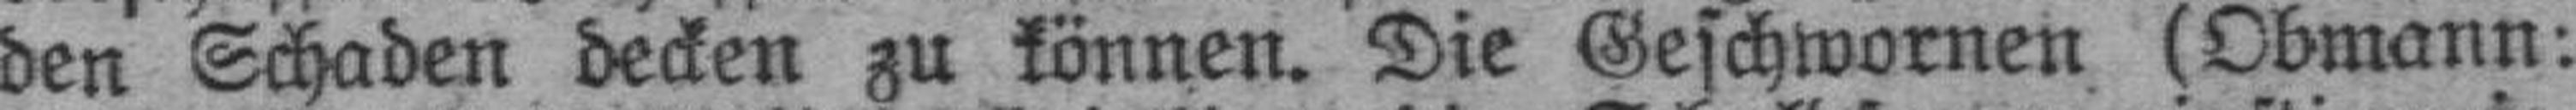
den Schaden decken zu können. Die Geschwornen (Obmann: